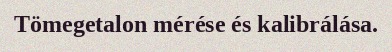
Tömegetalon mérése és kalibrálása.